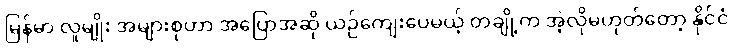
မြန်မာ လူမျိုး အများစုဟာ အပြောအဆို ယဉ်ကျေးပေမယ့် တချို့က အဲ့လိုမဟုတ်တော့ နိုင်ငံ